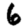
Digit: 6